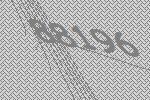
88196